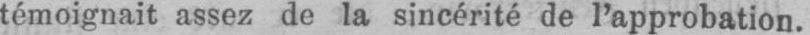
témoignait assez de la sincérité de l’approbation.